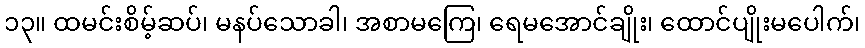
၁၃။ ထမင်းစိမ့်ဆပ်၊ မနပ်သောခါ၊ အစာမကြေ၊ ရေမအောင်ချိုး၊ ထောင်ပျိုးမပေါက်၊